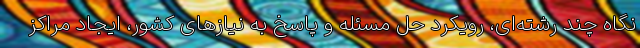
نگاه چند رشته‌ای، رویکرد حل مسئله و پاسخ به نیازهای کشور، ایجاد مراکز